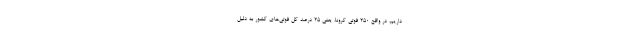
داریم، در واقع ۲۵۰ فوتی کرونا، یعنی ۲۵ درصد کل فوتی‌های کشور به دلیل